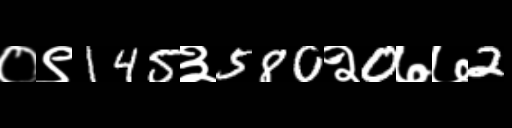
Text: ०९145३580२0७७2